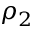
\rho _ { 2 }